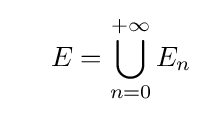
\ \ \ \ E=\bigcup _{n=0}^{+\infty }E_{n}